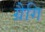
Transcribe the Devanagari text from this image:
ग्रैगि